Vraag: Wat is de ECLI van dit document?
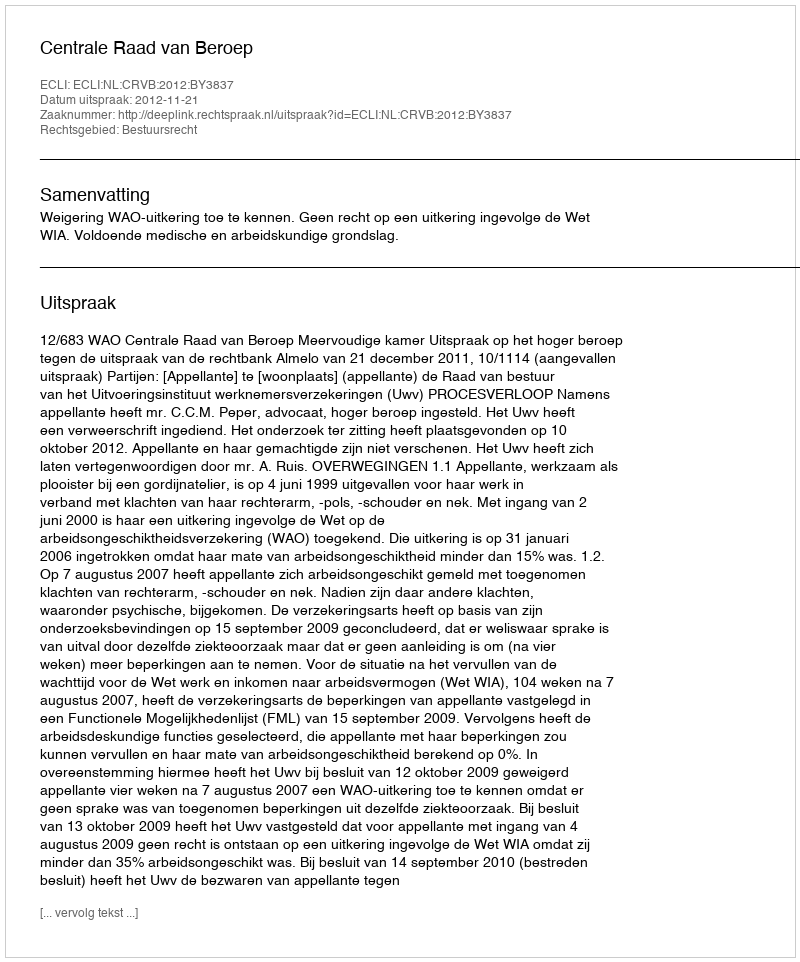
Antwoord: ECLI:NL:CRVB:2012:BY3837